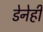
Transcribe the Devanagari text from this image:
डेनेही